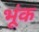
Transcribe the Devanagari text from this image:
भूंक